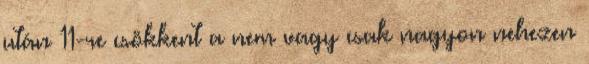
után 11-re csökkent a nem vagy csak nagyon nehezen